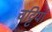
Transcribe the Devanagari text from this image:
चट्टियां